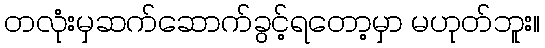
တလုံးမှဆက်ဆောက်ခွင့်ရတော့မှာ မဟုတ်ဘူး။